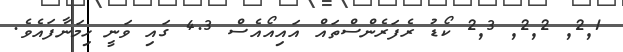
2